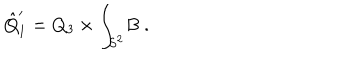
\hat { Q } _ { 1 } ^ { \prime } = Q _ { 3 } \times \int _ { S ^ { 2 } } \! B \ .